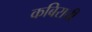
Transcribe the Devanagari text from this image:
कबिराची